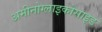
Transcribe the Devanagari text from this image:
अमीनोग्लाइकोसाइड